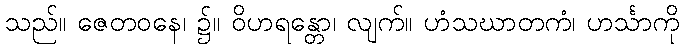
သည်။ ဇေတဝနေ၊ ၌။ ဝိဟရန္တော၊ လျက်။ ဟံသဃာတကံ၊ ဟင်္သာကို